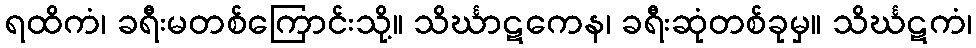
ရထိကံ၊ ခရီးမတစ်ကြောင်းသို့။ သိင်္ဃာဋကေန၊ ခရီးဆုံတစ်ခုမှ။ သိင်္ဃဋကံ၊